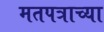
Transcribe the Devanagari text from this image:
मतपत्राच्या